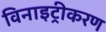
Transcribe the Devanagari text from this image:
विनाइट्रीकरण